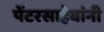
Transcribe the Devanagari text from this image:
पेंटरसाहेबांनी